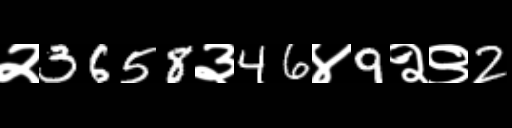
Text: २3658३46४9२९2